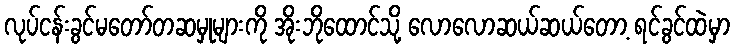
လုပ်ငန်းခွင်မတော်တဆမှုများကို အိုးဘိုထောင်သို့ လောလောဆယ်ဆယ်တော့ ရင်ခွင်ထဲမှာ